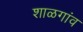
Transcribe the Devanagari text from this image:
शाळगांव